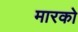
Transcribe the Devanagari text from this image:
मारको